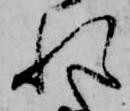
れ